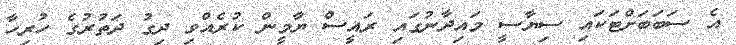
އެ ސަބަބަށްޓަކައި ސިޔާސީ މައިދާނުގައި ރައީސް ޔާމީން ކުރެއްވި ދިގު ދަތުރުގެ ހުރިހާ